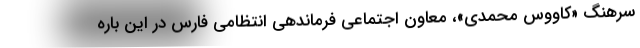
سرهنگ «کاووس محمدی»، معاون اجتماعی فرماندهی انتظامی فارس در این باره